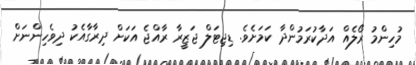
މުހިންމު ރޯލެއް އަދާކުރަމުންދާ ކަމަށެވެ. ޑިޖިޓަލް ޖަޒީރާ ރާއްޖެ އަކަށް ދިރާގާއެކު ދިވެހިންނަށް